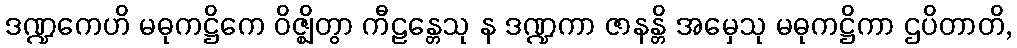
ဒဏ္ဍကေဟိ မဓုကဋ္ဌိကေ ဝိဇ္ဈိတွာ ကီဠန္တေသု န ဒဏ္ဍကာ ဇာနန္တိ အမှေသု မဓုကဋ္ဌိကာ ဌပိတာတိ,